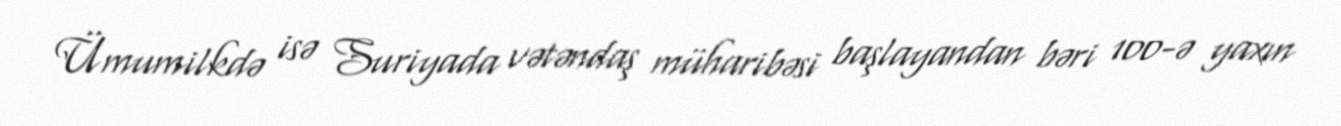
Ümumilkdə isə Suriyada vətəndaş müharibəsi başlayandan bəri 100-ə yaxın